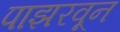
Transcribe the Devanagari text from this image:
पाझरवून